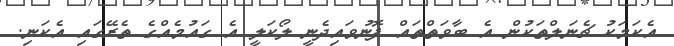
އެކަމަކު ޗެނަލްތަކުން އެ ބާވަތްތައް ފޮނުވައިދެނީ ލޯކަލީ އެ ގައުމެއްގެ ތެރޭގައި އެކަނި.